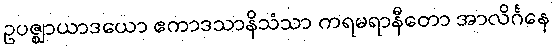
ဥပဇ္ဈာယာဒယော ဧကာဒသာနိသံသာ ကရမရာနီတော အာလိင်္ဂနေ